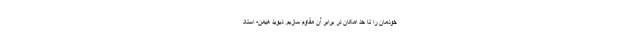
خودمان را تا حد امکان در برابر آن مقاوم سازیم. دیوید هیمن- استاد